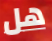
هل